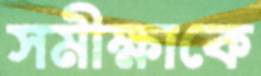
সমীক্ষাকে